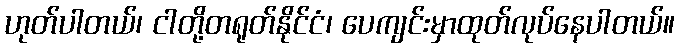
ဟုတ်ပါတယ်၊ ငါတို့တရုတ်နိုင်ငံ၊ ပေကျင်းမှာထုတ်လုပ်နေပါတယ်။